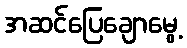
အဆင်ပြေချောမွေ့